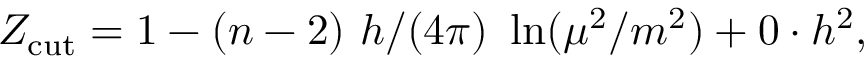
Z _ { \mathrm { c u t } } = 1 - ( n - 2 ) ~ h / ( 4 \pi ) ~ \ln ( \mu ^ { 2 } / m ^ { 2 } ) + 0 \cdot h ^ { 2 } ,